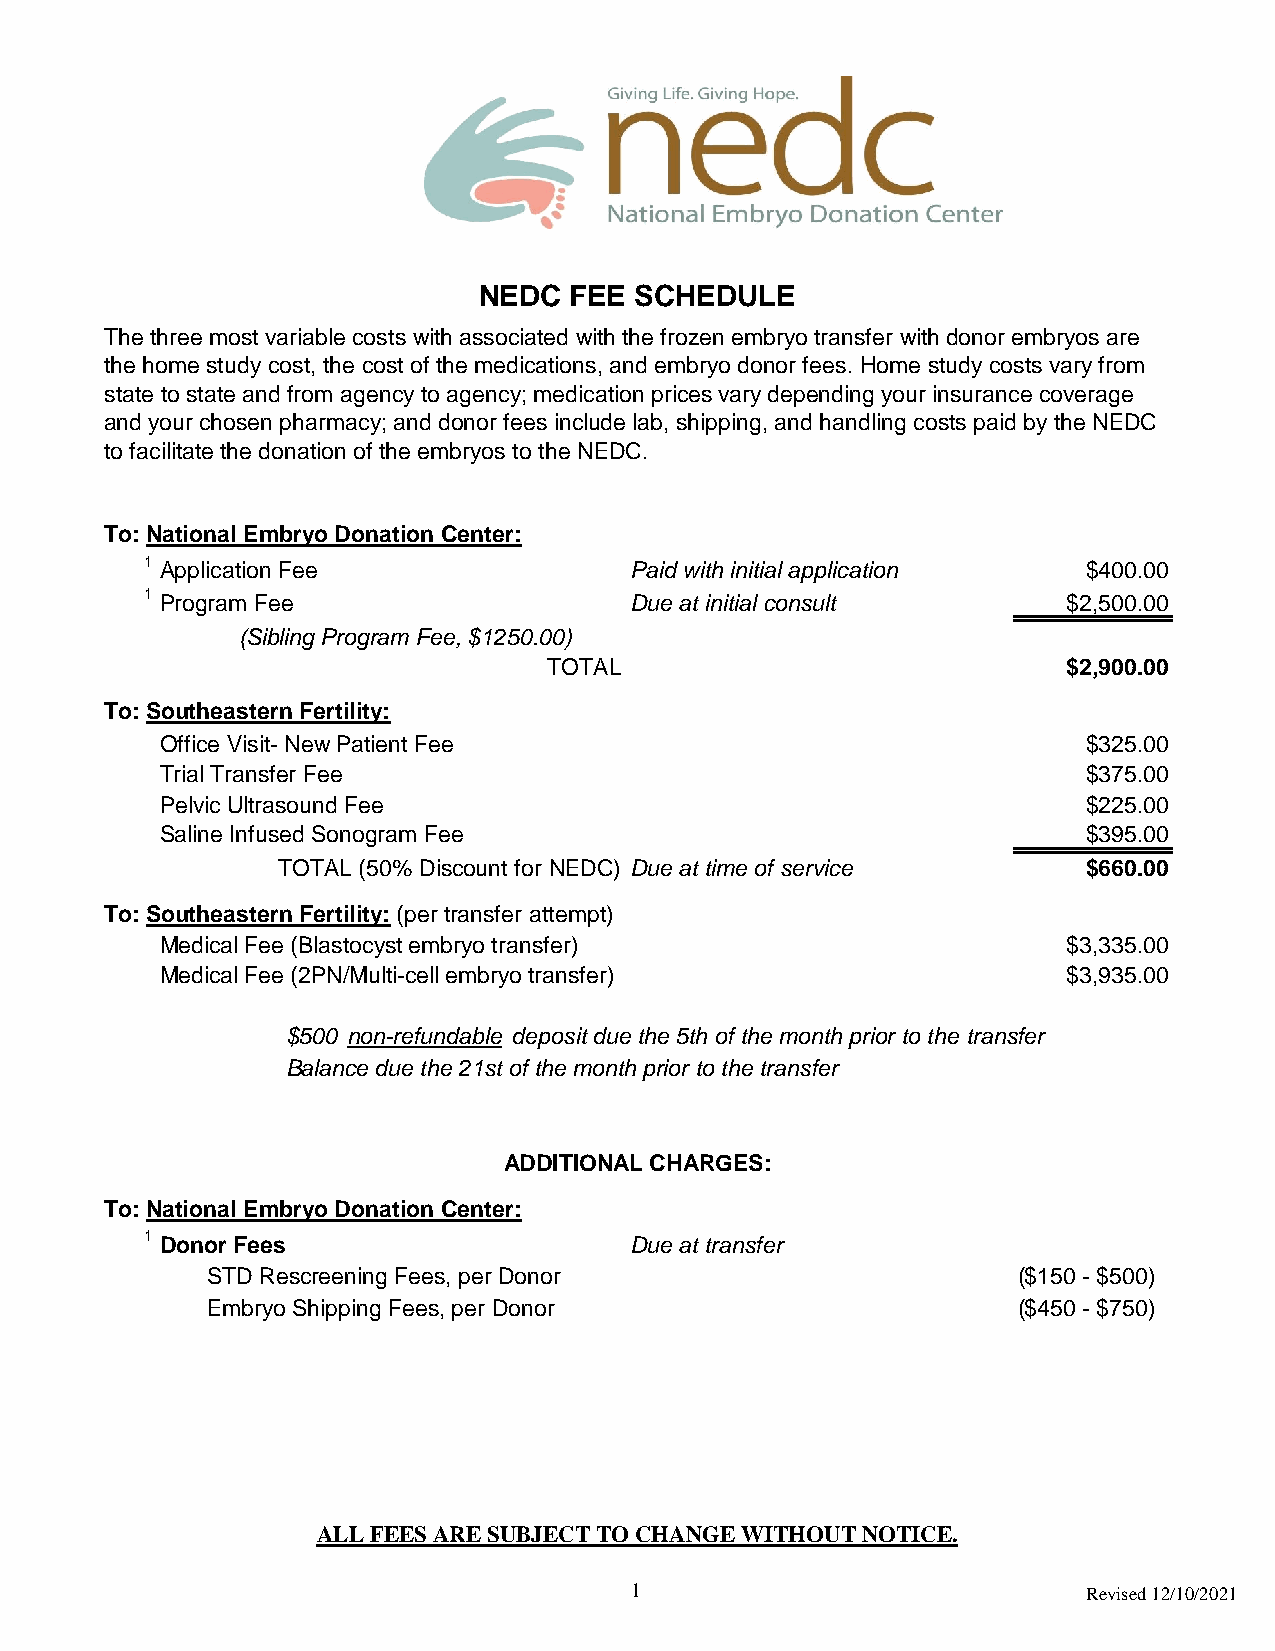
NEDC  FEE SCHEDULE
 The three most variable costs with associated with the frozen embryo transfer with donor embryos are
 the home study cost, the cost of the medications, and embryo donor fees. Home study costs vary from
 state to state and from agency to agency; medication prices vary depending your insurance coverage
 and your chosen pharmacy; and donor fees include lab, shipping, and handling costs paid by the NEDC
 to facilitate the donation of the embryos to the NEDC.
 To: National Embryo Donation Center:
 1 Application Fee               Paid with initial application $400.00
 1 Program Fee                   Due at initial consult       $2,500.00
 (Sibling Program Fee, $1250.00)
 TOTAL                              $2,900.00
 To: Southeastern Fertility:
 Office Visit- New Patient Fee                                $325.00
 Trial Transfer Fee                                           $375.00
 Pelvic Ultrasound Fee                                        $225.00
 Saline Infused Sonogram Fee                                  $395.00
 TOTAL (50% Discount for NEDC) Due at time of service  $660.00
 To: Southeastern Fertility: (per transfer attempt)
 Medical Fee (Blastocyst embryo transfer)                    $3,335.00
 Medical Fee (2PN/Multi-cell embryo transfer)                $3,935.00
 $500 non-refundable deposit due the 5th of the month prior to the transfer
 Balance due the 21st of the month prior to the transfer
 ADDITIONAL CHARGES:
 To: National Embryo Donation Center:
 1 Donor Fees                    Due at transfer
 STD Rescreening Fees, per Donor                      ($150 - $500)
 Embryo Shipping Fees, per Donor                      ($450 - $750)
 ALL FEES ARE SUBJECT TO CHANGE WITHOUT NOTICE.
 1                             Revised 12/10/2021